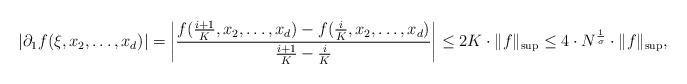
LaTeX: \begin{align*} |\partial_1 f (\xi, x_2,\dots, x_d)| = \left| \frac{f(\frac{i+1}{K}, x_2,\dots, x_d) - f(\frac{i}{K}, x_2,\dots, x_d)}{\frac{i+1}{K} - \frac{i}{K}} \right| \leq 2K \cdot \| f \|_{\sup} \leq 4 \cdot N^{\frac{1}{\sigma}} \cdot \| f \|_{\sup},\end{align*}